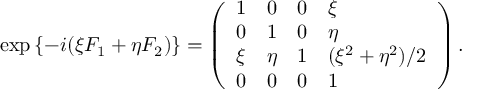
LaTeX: \exp { \left\{ - i ( \xi F _ { 1 } + \eta F _ { 2 } ) \right\} } = \left( \begin{array} { l l l l } { { 1 } } & { { 0 } } & { { 0 } } & { { \xi } } \\ { { 0 } } & { { 1 } } & { { 0 } } & { { \eta } } \\ { { \xi } } & { { \eta } } & { { 1 } } & { { ( \xi ^ { 2 } + \eta ^ { 2 } ) / 2 } } \\ { { 0 } } & { { 0 } } & { { 0 } } & { { 1 } } \end{array} \right) .